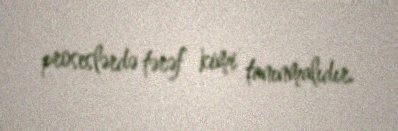
proseslərdə tərəf kimi tanınmalıdır.